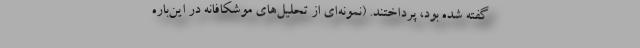
گفته شده بود، پرداختند. (نمونه‌ای از تحلیل‌های موشکافانه در این‌باره